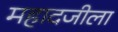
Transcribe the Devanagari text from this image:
महादजीला